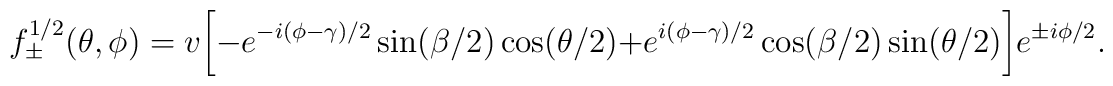
f_{\pm}^{1/2} (\theta, \phi)        =         v \biggl[                -e^{-i (\phi-\gamma)/2}                \sin (\beta/2) \cos ( \theta/2 )                 +                e^{i (\phi-\gamma)/2}                 \cos (\beta/2) \sin ( \theta/2 )         \biggr]        e^{\pm i \phi/2}.